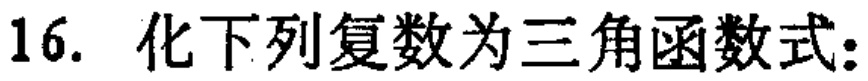
16. 化下列复数为三角函数式: